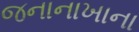
જનાનાખાના